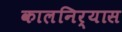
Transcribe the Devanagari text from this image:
कालनिर्यास